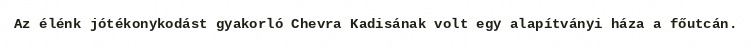
Az élénk jótékonykodást gyakorló Chevra Kadisának volt egy alapítványi háza a főutcán.